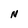
Character: N